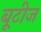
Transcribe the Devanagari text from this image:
बूटीज